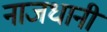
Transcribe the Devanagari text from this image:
नाजधानी